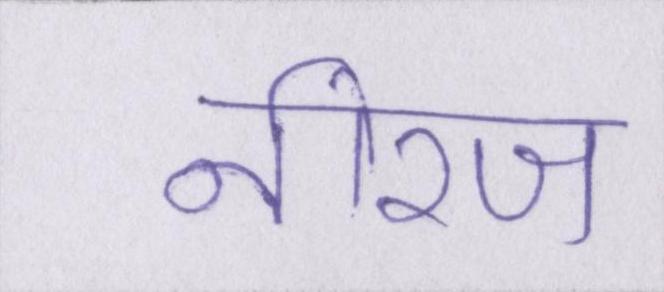
नीरज